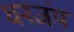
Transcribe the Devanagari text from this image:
धनजंय